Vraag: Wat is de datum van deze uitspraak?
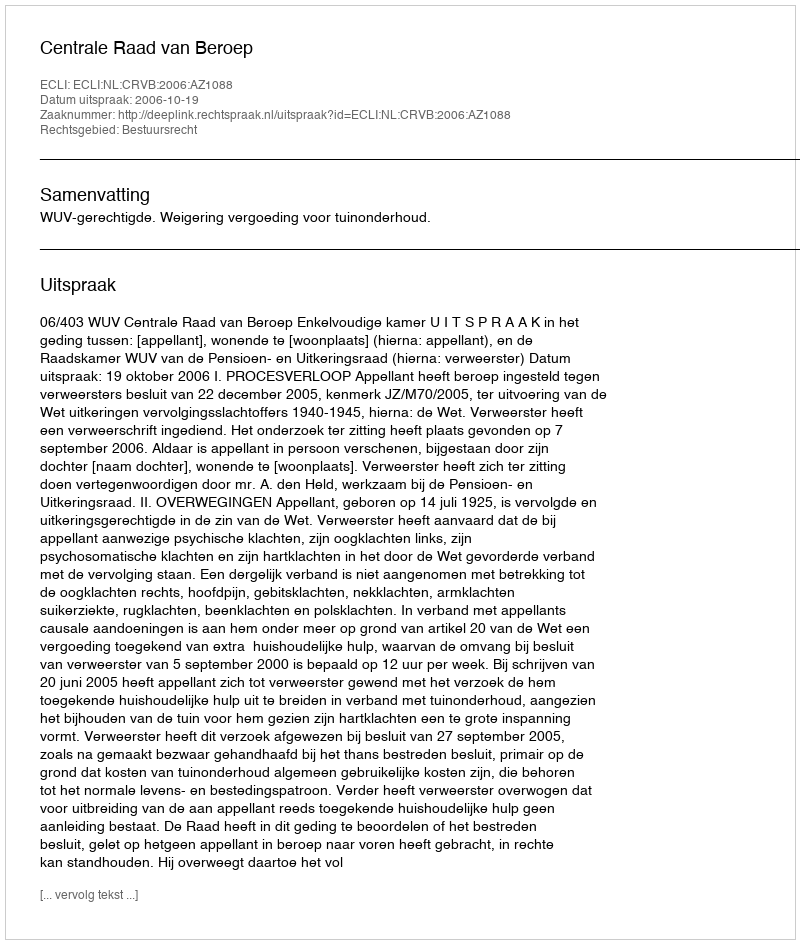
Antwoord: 2006-10-19